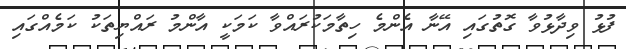
ފުޅު ވިދާޅުވާ ގޮތުގައި އޭނާ އެންމެ ހިތާމަކުރައްވާ ކަމަކީ އާންމު ރައްޔިތަކު ކަމެއްގައި